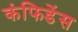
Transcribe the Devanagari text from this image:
कंफिडेंस